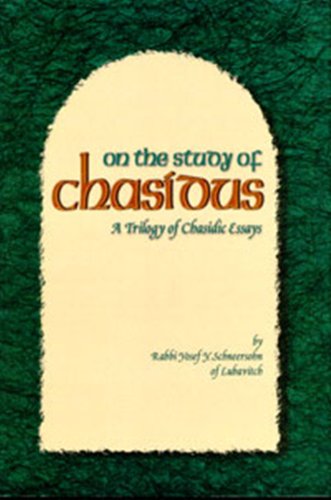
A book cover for On the Study of Chasidus: A Trilogy of Chasidic Essays; Yosef Yitzchak Schneersohn; Religion & Spirituality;